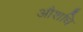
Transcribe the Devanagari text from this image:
औशधि